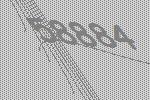
58884